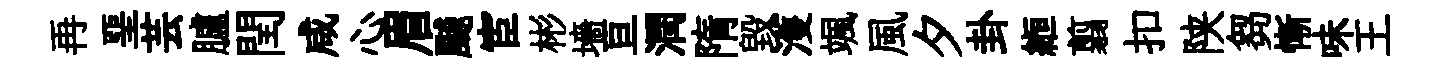
再堊芸臚閏咸心眉飇宦彬墻亘潤隋毀濩颯風夕卦縆翦扣陕芻慚味王